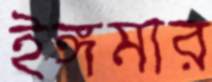
ইঙ্গমার